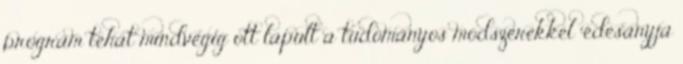
program tehát mindvégig ott lapult a tudományos módszerekkel “édesanyja